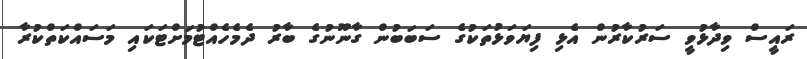
ރައީސް ވިދާޅުވީ ސަރުކާރުން އެޅި ފިޔަވަޅުތަކުގެ ސަބަބުން ގާނޫނުގެ ބާރު ދެމެހެއްޓުމަށްޓަކައި މަސައްކަތްކުރާ